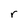
Character: r